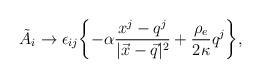
LaTeX: \begin{align*}\tilde{A}_i \rightarrow \epsilon_{ij} \biggl\{ -\alpha \frac{x^j-q^j}{|\vec{x}-\vec{q}|^2} + \frac{\rho_e}{ 2\kappa} q^j \biggr\},\end{align*}